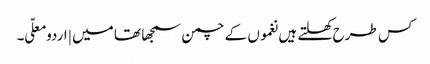
کس طرح کھلتے ہیں نغموں کے چمن سمجھا تھا میں | اردو معلّی ۔